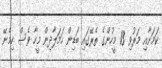
ކަމަށާއި މަރުވި 13 މީހުންގެ ތެރޭގައި ބަޑިން ހަމަލާދިން މީހާ ވެސް ހިމެނޭ